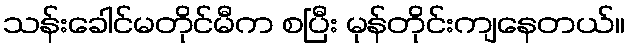
သန်းခေါင်မတိုင်မီက စပြီး မုန်တိုင်းကျနေတယ်။